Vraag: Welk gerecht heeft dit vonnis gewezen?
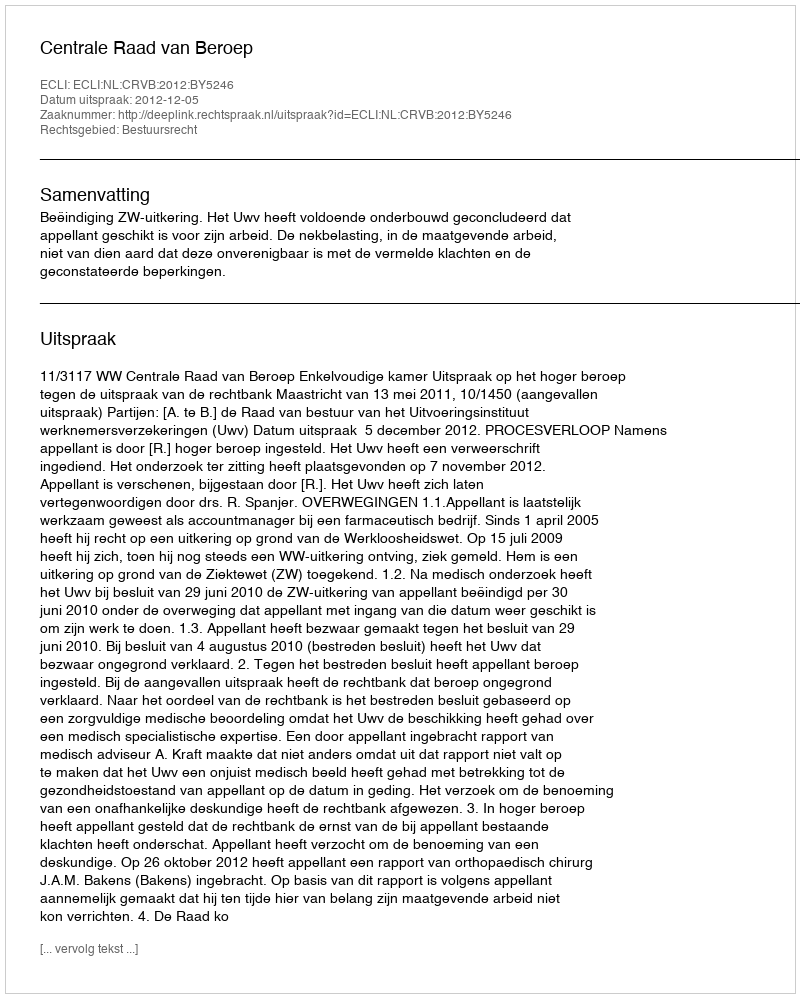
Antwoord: Centrale Raad van Beroep